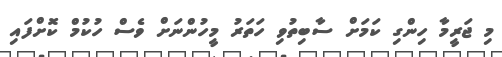
މި ޖަރީމާ ހިންގި ކަމަށް ސާބިތުވި ހަތަރު މީހުންނަށް ވެސް ހުކުމް ކޮށްފައި